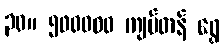
၃၀။ ၅၀၀၀၀၀ ကျပ်တန် ရွှေ